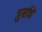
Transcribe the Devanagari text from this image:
जुर्मानें